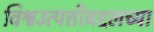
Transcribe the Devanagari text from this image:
विश्वउत्पत्तीबद्दलच्या